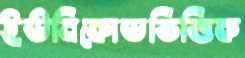
ইউনিকোডভিত্তিক